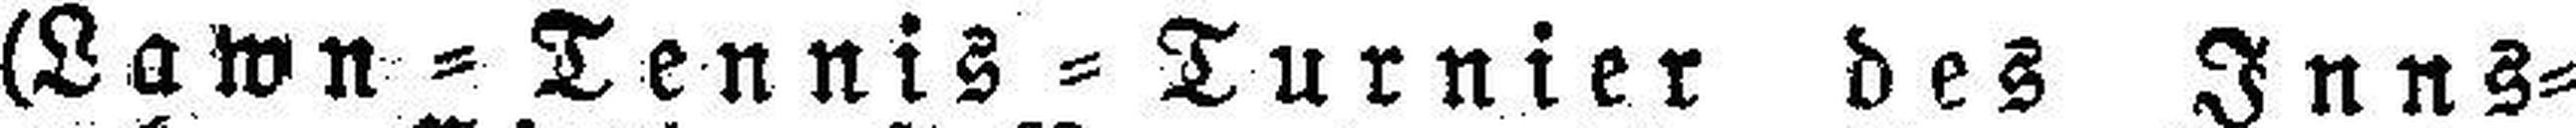
(Lawn=Tennis=Turnier des Inns¬